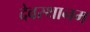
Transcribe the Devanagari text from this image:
देवस्‍थानम